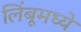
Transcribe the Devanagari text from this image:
लिंबूमध्ये